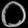
Digit: ၀